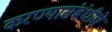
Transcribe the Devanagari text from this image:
करण्यासंबंधीचे